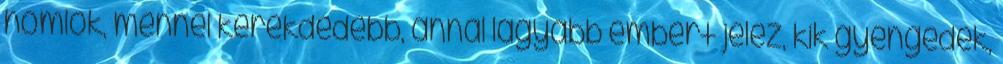
homlok, mennél kerekdedebb, annál lágyabb embert jelez, kik gyengédek,